Scottish Leaving Certificate Examination, 1956
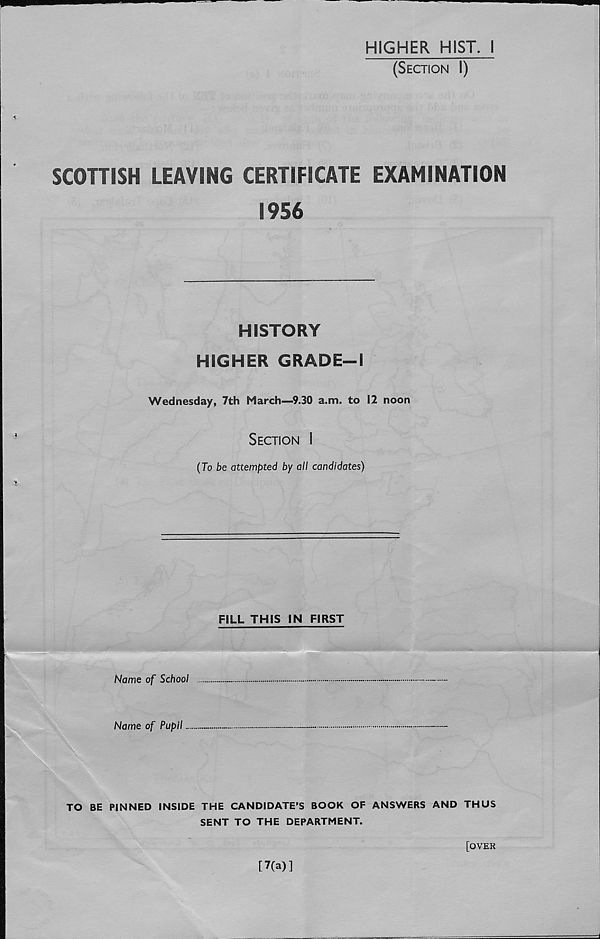
HIGHER HIST. 1
(Section I)
SCOTTISH LEAVING CERTIFICATE EXAMINATION
1956
HISTORY
HIGHER GRADE-1
Wednesday, 7th March—9.30 a.m. to 12 noon
Section I
(To be attempted by all candidates)
FILL THIS IN FIRST
Name of School
Name of Pupil..
TO BE PINNED INSIDE THE CANDIDATE’S BOOK OF ANSWERS AND THUS
SENT TO THE DEPARTMENT.
[7(a)]
[OVER